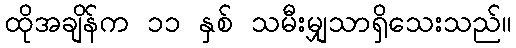
ထိုအချိန်က ၁၁ နှစ် သမီးမျှသာရှိသေးသည်။